Leningradi_Edasi_toimetus, lk 57
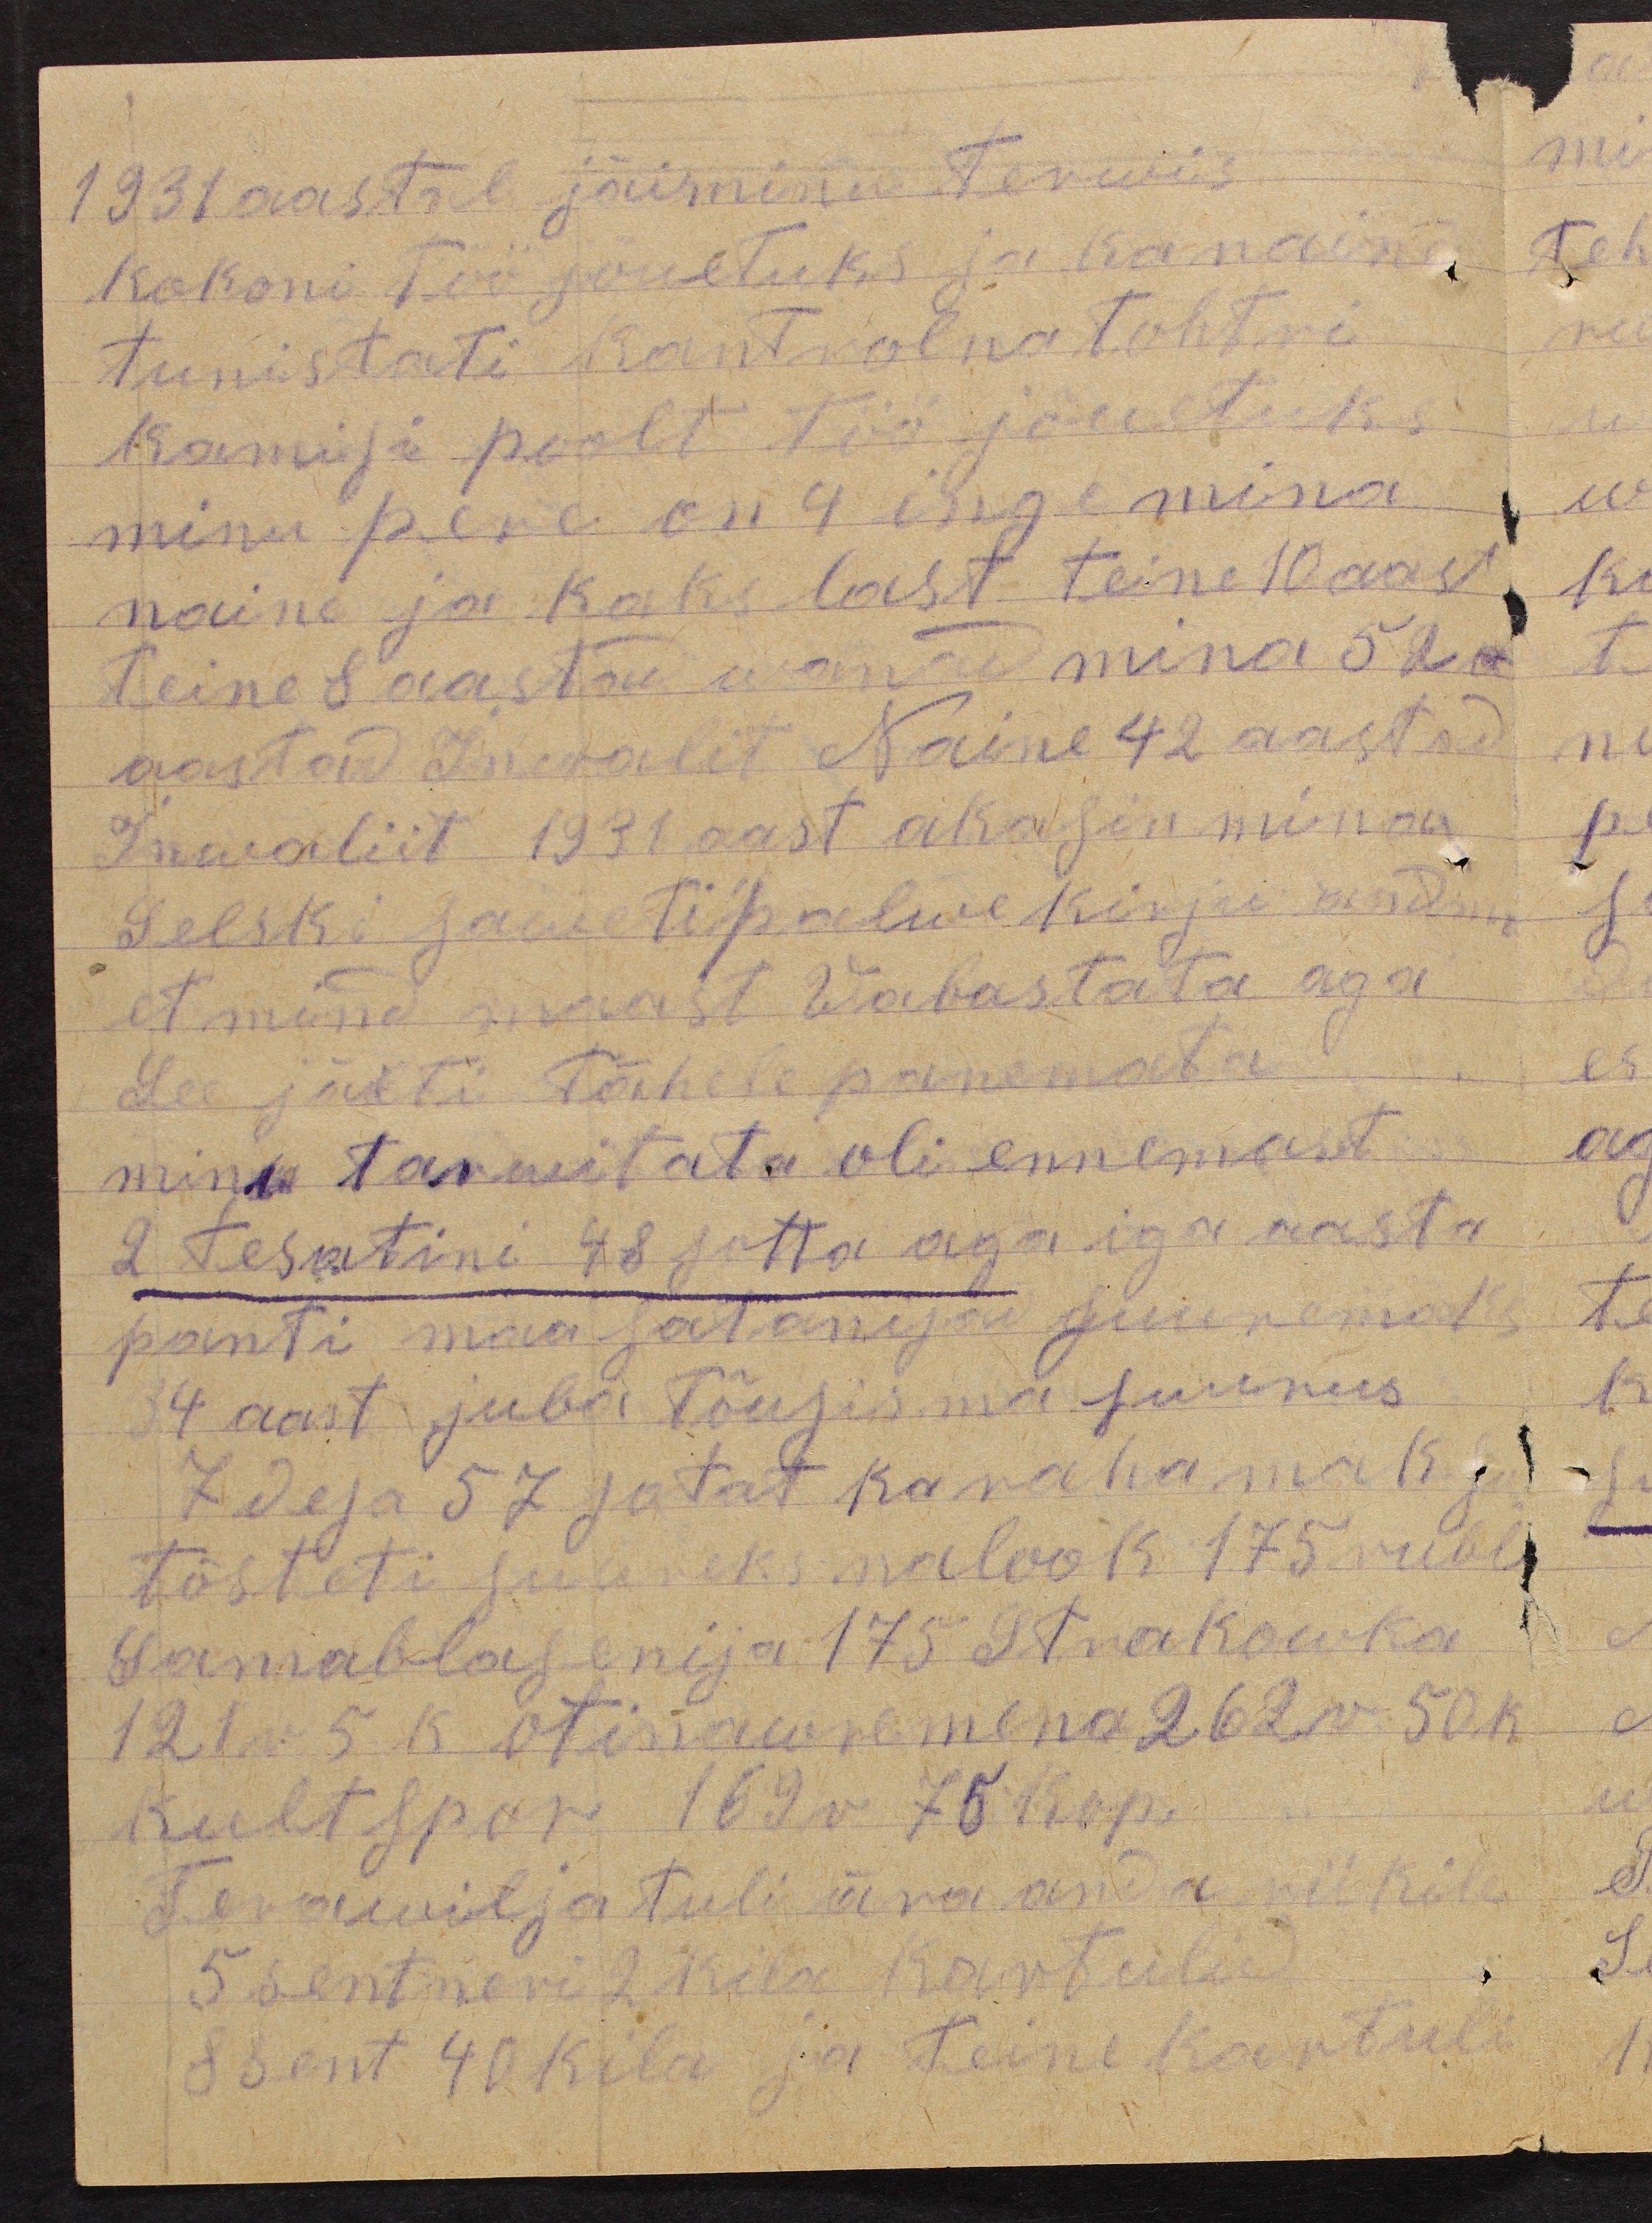
1931 aastal jäiminu terwis
Kokoni töö jõuetuks ja ka naine
tunistati kantrolna tohtri
kamisi poolt töö jõuetuks
minu pere on 4 inge mina
naine ja kaks last teine 10 aast
teine 8 aastad wanad mina 52 a
aastad Inwalit Naine 42 aastad
Inwaliit 1931 aast akasin mina
Selski Saweti palwe kirju andma
et mind maast Wabastata aga
See jäeti tähele panemata.
minu tarwitata oli ennemast
2 tesatini 48 sotta aga iga aasta
panti maa satanijad suuremad
4 aast juba tõusis ma suurus
7 desa 57 satat ka raha maksu
tõsteti suureks nalook 175 rubl
Samablasenija 17 Strakowka
121 r 5 k otinawremena 262 r 50 k
Kultspor 169 r 75 kop.
Tervawilja tuli ära anda riikile
5 sentneri 2 kila kartulid
8 sent 40 kilo ja teine kartuli